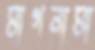
মাগনামা